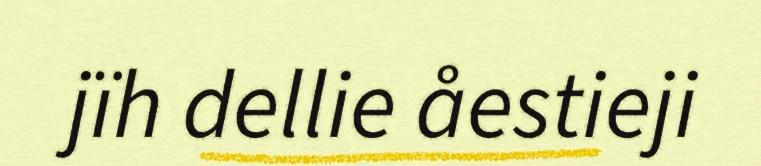
jïh dellie åestieji